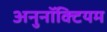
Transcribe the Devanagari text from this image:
अनुनॉक्टियम